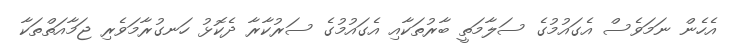
އެހެން ނަމަވެސް އެގައުމުގެ ސަލާމަތީ ބާރުތަކާއި އެގައުމުގެ ސަރުކާރާ ދެކޮޅު ހަނގުރާމަވެރި ޖަމާއަތްތަކާ